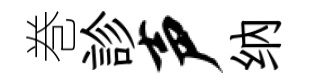
巻診声纳